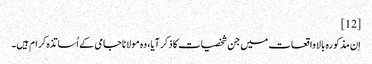
[12]
اِن مذکورہ بالا واقعات میں جن شخصیات کا ذکر آیا، وہ مولانا جامی کے اُساتذہ کرام ہیں۔